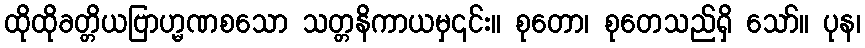
ထိုထိုခတ္တိယဗြာဟ္မဏစသော သတ္တနိကာယမှ၎င်း။ စုတော၊ စုတေသည်ရှိ သော်။ ပုန၊